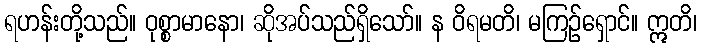
ရဟန်းတို့သည်။ ဝုစ္စာမာနော၊ ဆိုအပ်သည်ရှိသော်။ န ဝိရမတိ၊ မကြဉ်ရှောင်။ ဣတိ၊